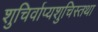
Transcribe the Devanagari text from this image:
शुचिर्वाप्यशुचिस्तथा